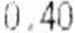
0.40